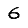
Digit: 6